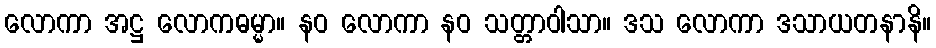
လောကာ အဋ္ဌ လောကဓမ္မာ။ နဝ လောကာ နဝ သတ္တာဝါသာ။ ဒသ လောကာ ဒသာယတနာနိ။